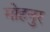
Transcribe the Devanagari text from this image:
मोहनुर